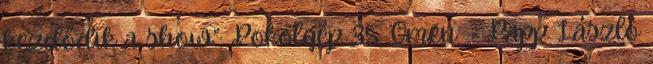
kezdődik a show”: Pokolgép 35, Omen – Papp László